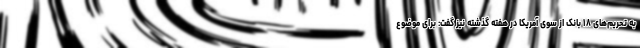
به تحریم‌های ۱۸ بانک از سوی آمریکا در هفته گذشته نیز گفت: برای موضوع